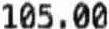
105.00